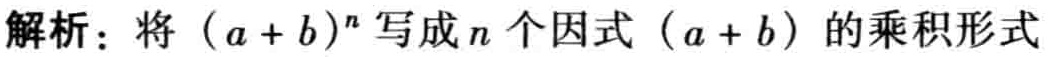
解析：将\((a + b)^n\)写成\(n\)个因式\((a + b)\)的乘积形式